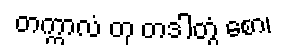
တက္ကာလံ တု တဒါတွံ စော၊